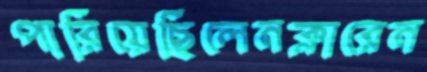
পারিয়েছিলেনক্লারেন